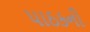
પાઠકની